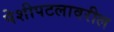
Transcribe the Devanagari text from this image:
पेशीपटलावरील